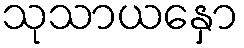
သုသာယနှော